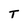
Character: T